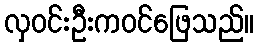
လှဝင်းဦးကဝင်ဖြေသည်။